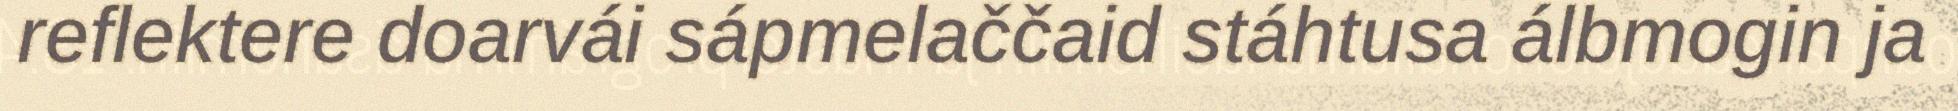
reflektere doarvái sápmelaččaid stáhtusa álbmogin ja